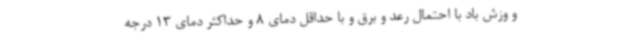
و وزش باد با احتمال رعد و برق و با حداقل دمای 8 و حداکثر دمای 13 درجه